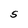
Character: S